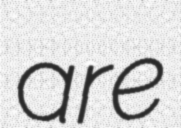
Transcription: are